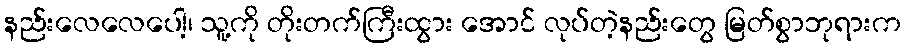
နည်းလေလေပေါ့၊ သူ့ကို တိုးတက်ကြီးထွား အောင် လုပ်တဲ့နည်းတွေ မြတ်စွာဘုရားက